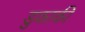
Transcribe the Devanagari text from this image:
डुकाकी